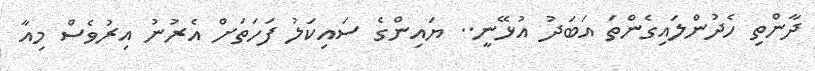
ދާންތި ހެދުންލައިގެންތަ އަބަދު އުޅޭނީ.. ޔައިންގެ ސައިކަލު ފަހަތަށް އެރުނު އިރުވެސް މިއާ